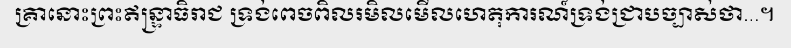
គ្រានោះព្រះឥន្ទ្រាធិរាជ ទ្រង់ពេចពិលរមិលមើលហេតុការណ៍ទ្រង់ជ្រាបច្បាស់ថា...។